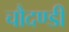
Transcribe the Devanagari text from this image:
चौदण्डी